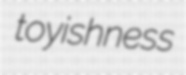
toyishness